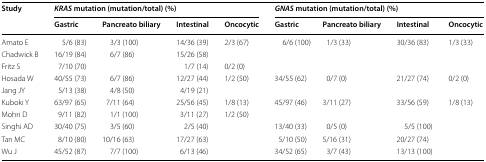
| <ROWSPAN=2> Study | <COLSPAN=4> KRAS mutation (mutation/total) (%) | <COLSPAN=4> GNAS mutation (mutation/total) (%) |
 | Gastric | Pancreato biliary | Intestinal | Oncocytic | Gastric | Pancreato biliary | Intestinal | Oncocytic |
 | --- | --- | --- | --- | --- | --- | --- | --- | --- |
 | Amato E | 5/6 (83) | 3/3 (100) | 14/36 (39) | 2/3 (67) | 6/6 (100) | 1/3 (33) | 30/36 (83) | 1/3 (33) |
 | Chadwick B | 16/19 (84) | 6/7 (86) | 15/26 (58) |  |  |  |  |  |
 | Fritz S | 7/10 (70) |  | 1/7 (14) | 0/2 (0) |  |  |  |  |
 | Hosada W | 40/55 (73) | 6/7 (86) | 12/27 (44) | 1/2 (50) | 34/55 (62) | 0/7 (0) | 21/27 (74) | 0/2 (0) |
 | Jang JY | 5/13 (38) | 4/8 (50) | 4/19 (21) |  |  |  |  |  |
 | Kuboki Y | 63/97 (65) | 7/11 (64) | 25/56 (45) | 1/8 (13) | 45/97 (46) | 3/11 (27) | 33/56 (59) | 1/8 (13) |
 | Mohri D | 9/11 (82) | 1/1 (100) | 3/11 (27) | 1/2 (50) |  |  |  |  |
 | Singhi AD | 30/40 (75) | 3/5 (60) | 2/5 (40) |  | 13/40 (33) | 0/5 (0) | 5/5 (100) |  |
 | Tan MC | 8/10 (80) | 10/16 (63) | 17/27 (63) |  | 5/10 (50) | 5/16 (31) | 20/27 (74) |  |
 | Wu J | 45/52 (87) | 7/7 (100) | 6/13 (46) |  | 34/52 (65) | 3/7 (43) | 13/13 (100) |  |